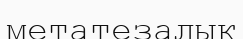
метатезалық